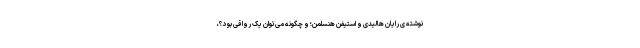
نوشته ی رایان هالیدی و استیفن هنسلمن؛ و چگونه می‌توان یک رواقی بود؟،